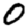
Digit: 0